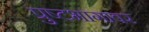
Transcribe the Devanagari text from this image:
प्रुष्टभागावर